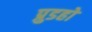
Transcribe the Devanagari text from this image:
प्रुडहो